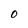
Character: O